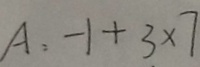
A : - 1 + 3 \times 7